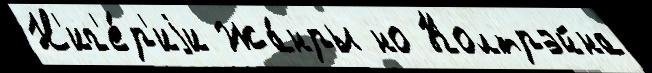
Н'иг'е́р'иjи Жа́нры но Колтрэйна